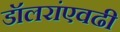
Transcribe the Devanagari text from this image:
डॉलरांएवढी